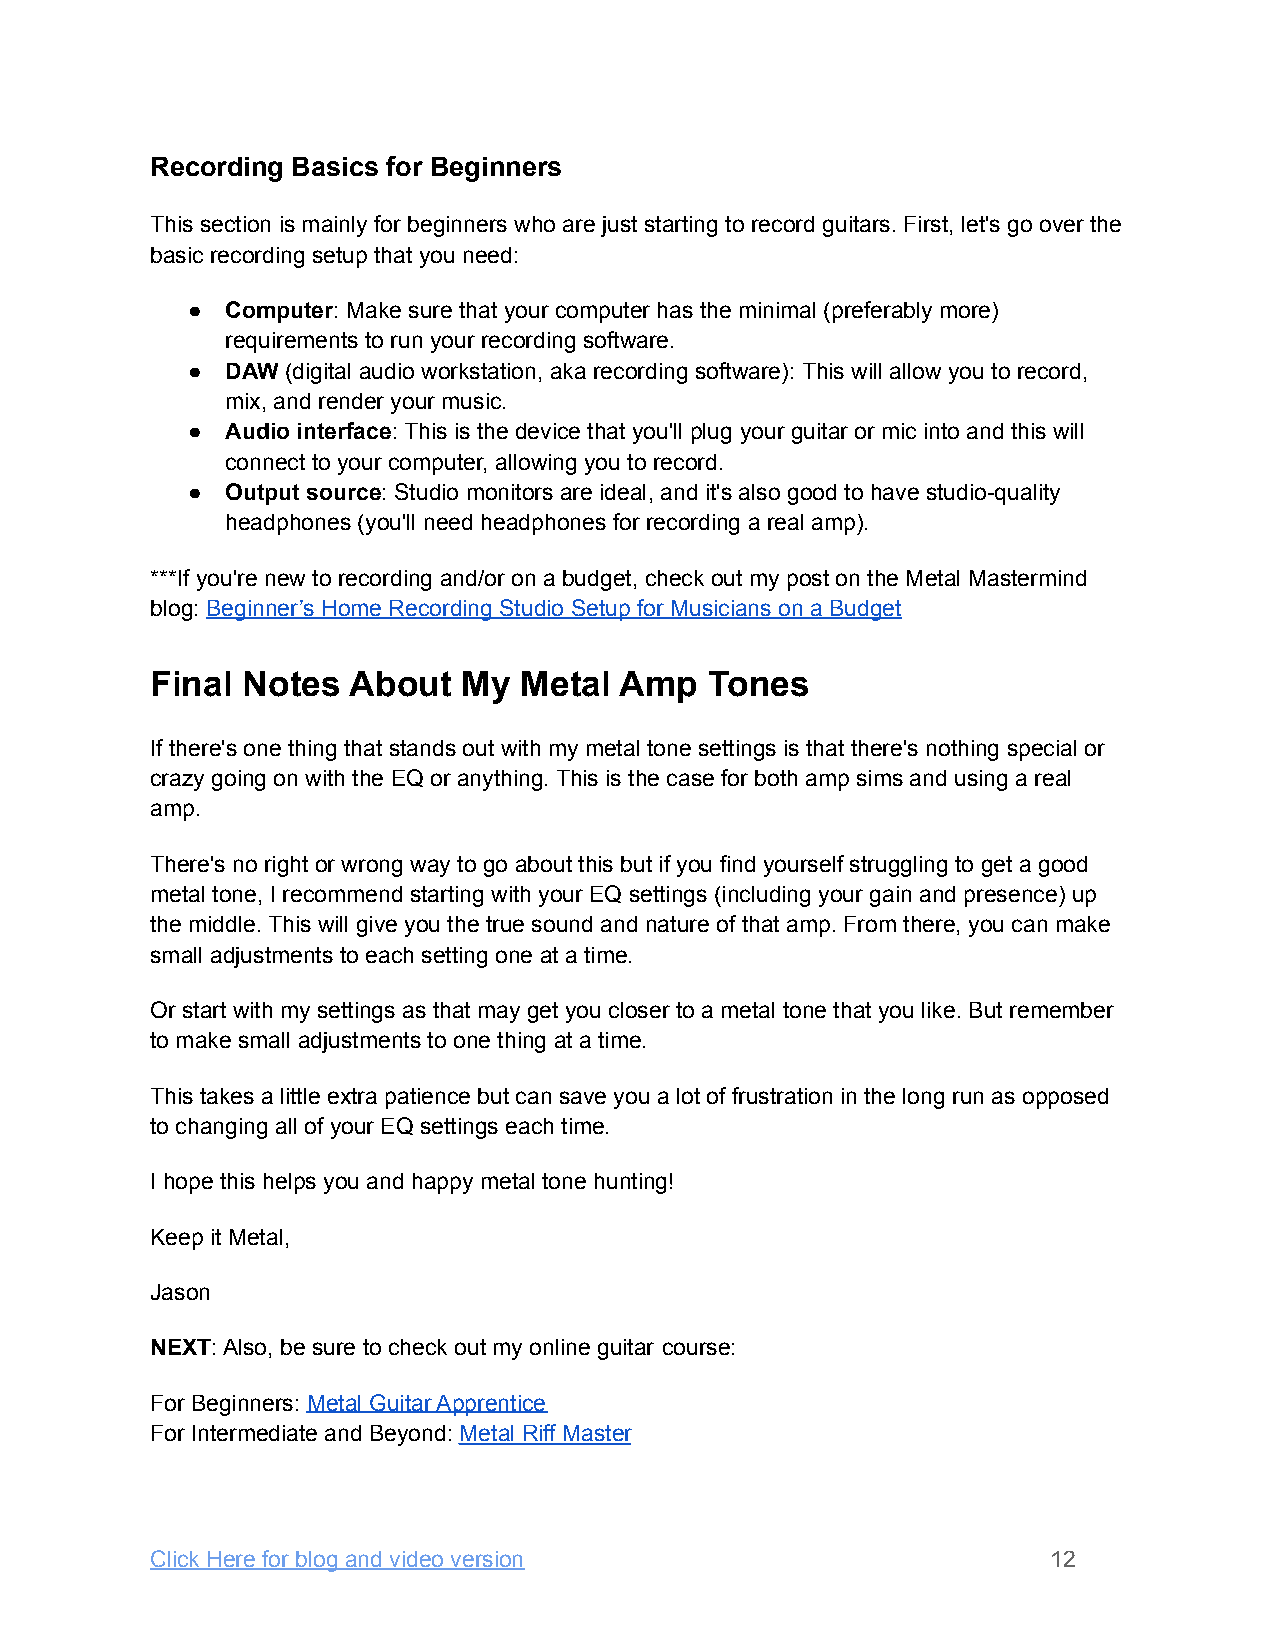
Recording Basics for Beginners
 This section is mainly for beginners who are just starting to record guitars. First, let's go over the
 basic recording setup that you need:
 ●  Computer: Make sure that your computer has the minimal (preferably more)
 requirements to run your recording software.
 ●  DAW (digital audio workstation, aka recording software): This will allow you to record,
 mix, and render your music.
 ●  Audio interface: This is the device that you'll plug your guitar or mic into and this will
 connect to your computer, allowing you to record.
 ●  Output source: Studio monitors are ideal, and it's also good to have studio-quality
 headphones (you'll need headphones for recording a real amp).
 ***If you're new to recording and/or on a budget, check out my post on the Metal Mastermind
 blog: Beginner’s Home Recording Studio Setup for Musicians on a Budget
 Final Notes  About   My Metal  Amp   Tones
 If there's one thing that stands out with my metal tone settings is that there's nothing special or
 crazy going on with the EQ or anything. This is the case for both amp sims and using a real
 amp.
 There's no right or wrong way to go about this but if you find yourself struggling to get a good
 metal tone, I recommend starting with your EQ settings (including your gain and presence) up
 the middle. This will give you the true sound and nature of that amp. From there, you can make
 small adjustments to each setting one at a time.
 Or start with my settings as that may get you closer to a metal tone that you like. But remember
 to make small adjustments to one thing at a time.
 This takes a little extra patience but can save you a lot of frustration in the long run as opposed
 to changing all of your EQ settings each time.
 I hope this helps you and happy metal tone hunting!
 Keep it Metal,
 Jason
 NEXT: Also, be sure to check out my online guitar course:
 For Beginners: Metal Guitar Apprentice
 For Intermediate and Beyond: Metal Riff Master
 Click Here for blog and video version                       12